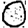
Digit: 0